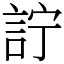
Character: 詝